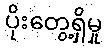
ပိုးတွေ့ရှိမှု